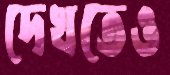
দেখতেও